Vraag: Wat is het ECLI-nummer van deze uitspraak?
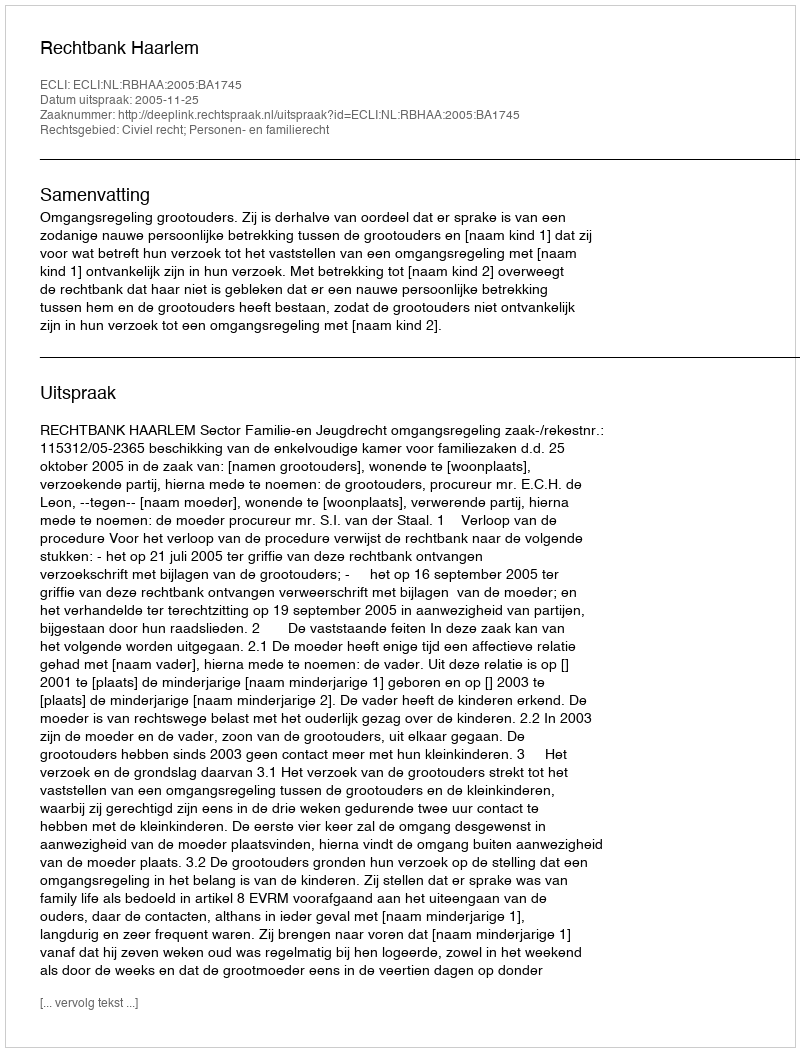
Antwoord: ECLI:NL:RBHAA:2005:BA1745